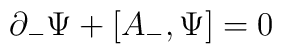
\partial_-{ \Psi} +[A_- , { \Psi}] =0